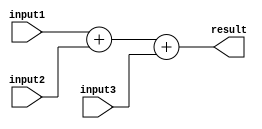
module triple_precision_float_unit (
    input [63:0] input1,
    input [63:0] input2,
    input [63:0] input3,
    output reg [63:0] result
);

// Adder block
assign result = input1 + input2 + input3;

// Subtractor block
// assign result = input1 - input2 - input3;

// Multiplier block
// assign result = input1 * input2 * input3;

// Divider block
// assign result = input1 / input2 / input3;

// Error checking and rounding logic
// Add code here for error checking and rounding logic

endmodule